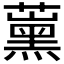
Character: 𱾶